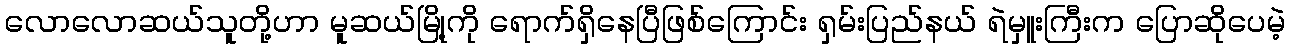
လောလောဆယ်သူတို့ဟာ မူဆယ်မြို့ကို ရောက်ရှိနေပြီဖြစ်ကြောင်း ရှမ်းပြည်နယ် ရဲမှူးကြီးက ပြောဆိုပေမဲ့